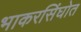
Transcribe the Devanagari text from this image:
भाकरसिंघोत